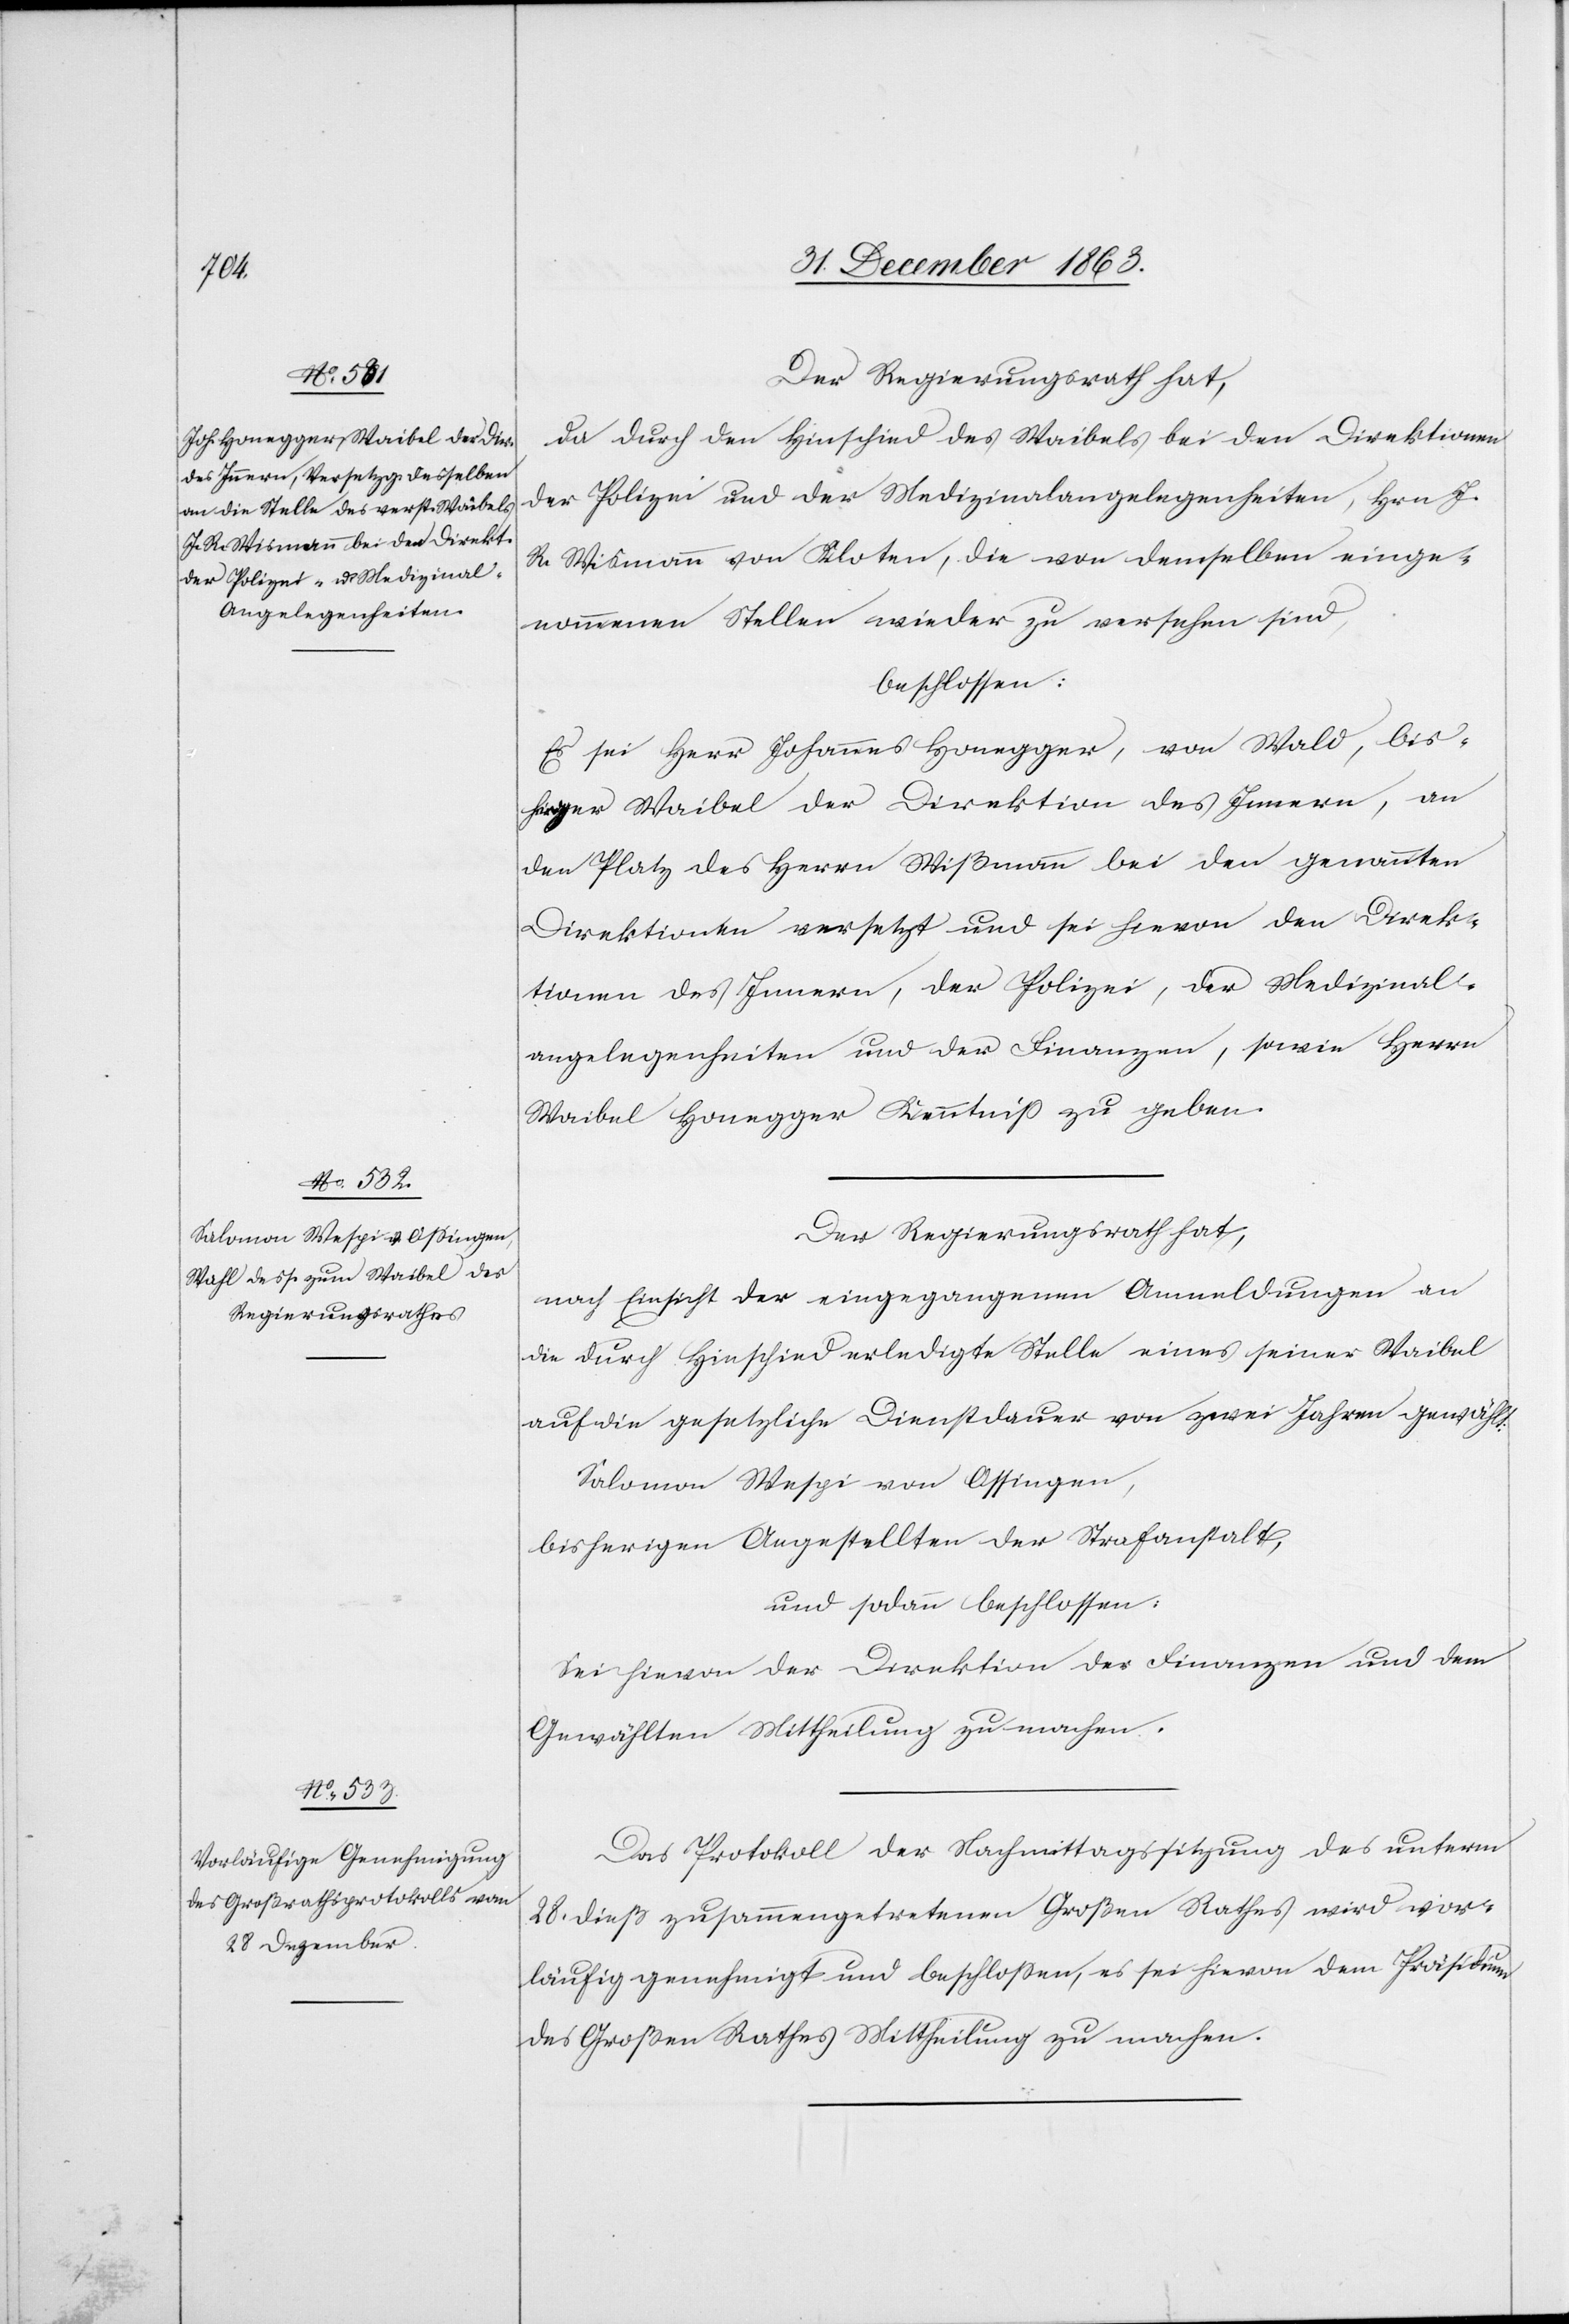
Der Regierungsrath hat,
da durch den Hinschied des Waibels bei den Direktionen
der Polizei und der Medizinalangelegenheiten, Hrn J.
R. Wismann von Kloten, die von demselben einge¬
nommenen Stellen wieder zu versehen sind,
beschlossen:
Es sei Herr Johannes Honegger, von Wald, bis¬
heriger Waibel der Direktion des Innern, an
den Platz des Herrn Wißmann [sic!] bei den genannten
Direktionen versetzt und sei hievon den Direk¬
tionen des Innern, der Polizei, der Medizinal¬
angelegenheiten und der Finanzen, sowie Herrn
Waibel Honegger Kenntniss zu geben.
Der Regierungsrath hat,
nach Einsicht der eingegangenen Anmeldungen an
die durch Hinschied erledigte Stelle eines seiner Waibel
auf die gesetzliche Dienstdauer von zwei Jahren gewählt:
Salomon Wespi von Ossingen,
bisherigen Angestellten der Strafanstalt,
und sodann beschlossen:
Sei hievon der Direktion der Finanzen und dem
Gewählten Mittheilung zu machen.
Das Protokoll der Nachmittagssitzung des unterm
28. dieß zusammengetretenen Großen Rathes wird vor¬
läufig genehmigt und beschlossen, es sei hievon dem Präsidium
des Großen Rathes Mittheilung zu machen.